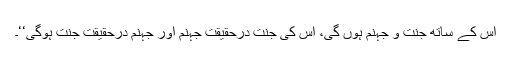
اس کے ساتھ جنت و جہنم ہوں گی، اس کی جنت درحقیقت جہنم اور جہنم درحقیقت جنت ہوگی‘‘۔